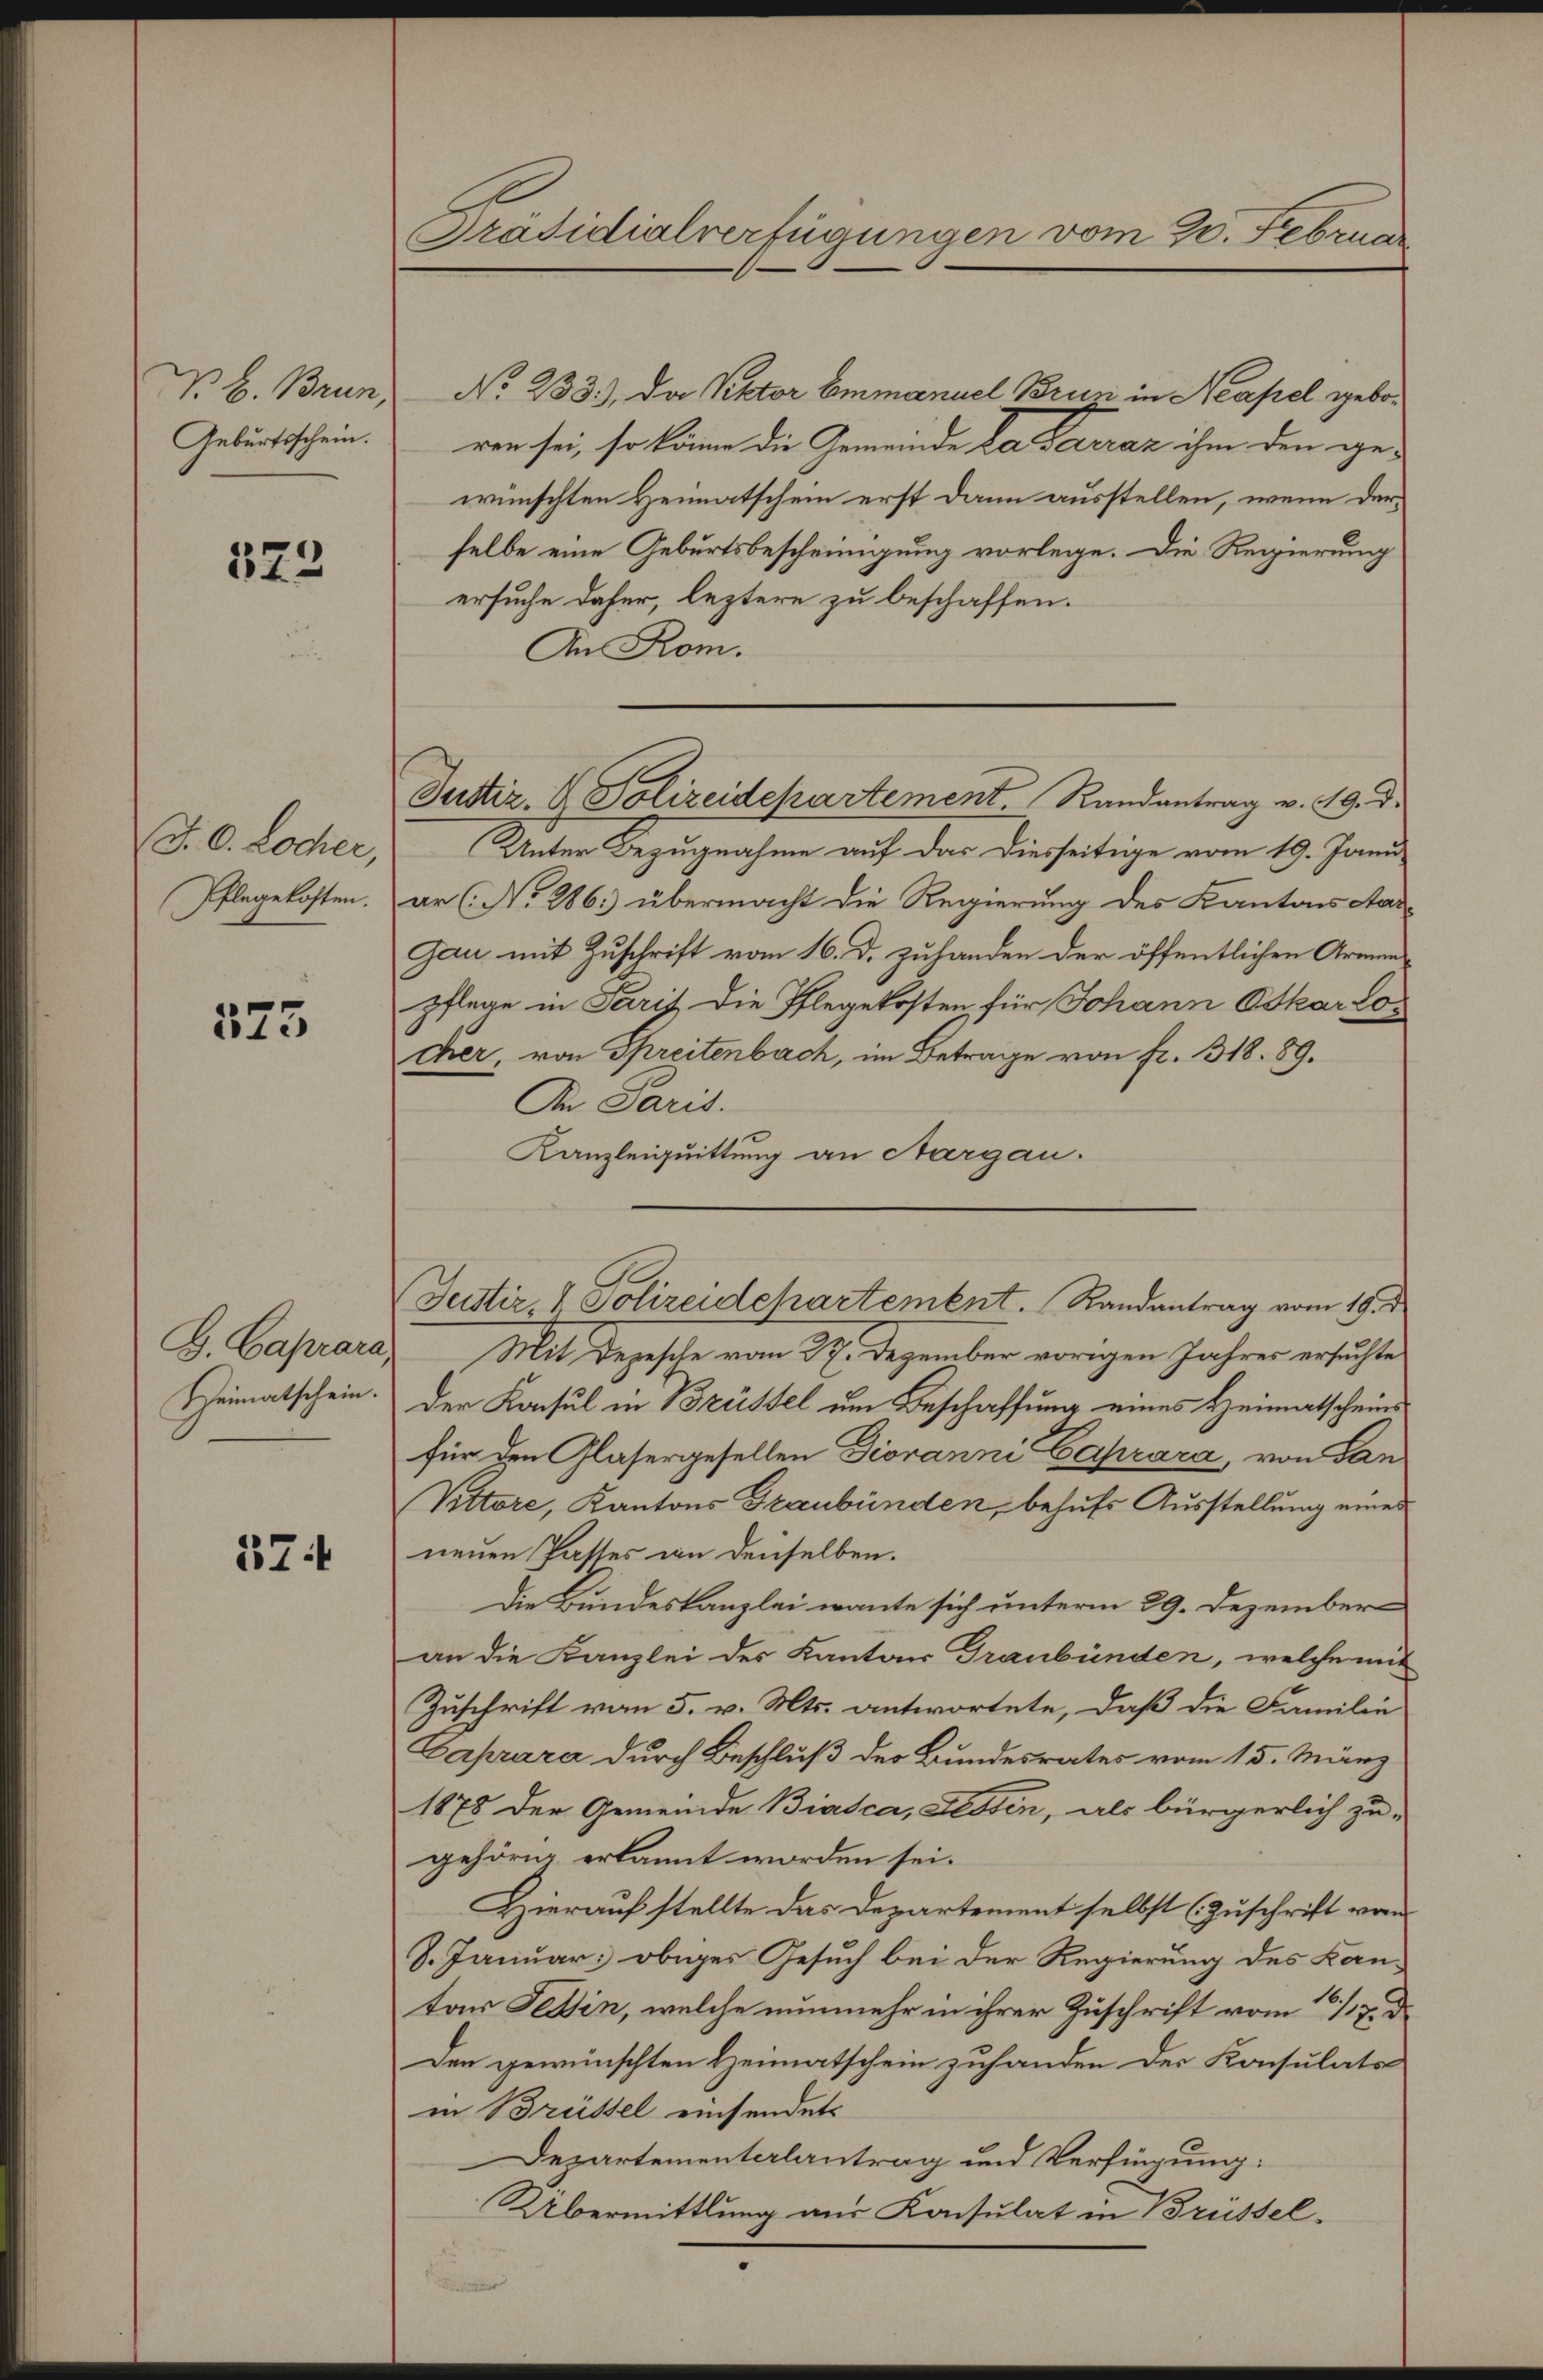
N. L. Brun,
Geburtsschein.

323

J. C. Locher,

573

G. Caprara
Heimatschein.

374

Präsidialverfügungen vom 20. Februar

No. 233.), da Rektor Emmanuel Brun in Neapel geboren sei, so könne die Gemeinde la Saraz ihm den ge-
wünschten Heimatschein erst dann ausstellen, wenn derselbe eine Geburtsbescheinigung vorlege. Die Regierung
ersuche daher, leztere zu beschaffen.
An Rom.
Unter Bezugnahme auf das diesseitige vom 19. Janu
Pflegekosten.) an (No. 286.) übermacht die Regierung des Kantons Aar¬
Gau mit Zuschrift vom 16. d. zufanden der öffentlichen Armenpflege in Paris die Pflegekosten für Johann Oskar Lo
Cher, von Spreitenbach, im Betrage von fr. 318. 89.
An Paris.
Kanzleiquittung an Aargau.
Mit Depesche vom 3. Dezember vorigen Jahrer ersuchte
Der Konsul in Brüssel um Beschaffung eines Heimatscheins
für den Glasergesellen Diovanni Caprara, von Gan
Vittore, Kantons Graubünden, behufs Ausstellung eines
neuen Pastes an denselben.
Die Bundeskanzlei wante sich unterm 29. Dezemberan die Kanzlei des Kantons Graubünden, welche mit
Zuschrift vom 5. v. Mts. antwortete, daß die Familie
Caprara durch Beschluß der Bundesrates vom 15. März
1878 der Gemeinde Biasca, Fessen, als bürgerlich zu-
gehörig erkannt worden sei.
Hierauf stellte das Departement selbst (Zuschrift vom
J. Januar obiges Gesuch bei der Regierung des Kantar Tessin, welche nunmehr in ihrer Zuschrift vom 10 117. d.
Den gewünschten Heimatschein zuhanden der Konsulats
in Brüssel einsendets
Departementalantrag und Verfügung:
Übermittlung aus Konsulat in Brüssel-

Justiz- & Polizeidepartement Randantrag v. 19. d.

Justiz & Polizeidchartement. Randantrag vom 19. d